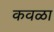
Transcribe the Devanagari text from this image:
कवळा